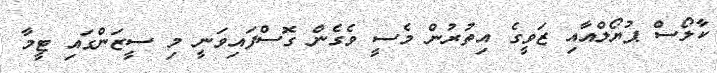
ކާލޯސް ޕުޔޯލްއާއި ޒަވީގެ އިތުރުން މެސީ ވެގެން ގޮސްފައިވަނީ މި ސީޒަންގައި ޓީމާ